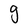
Character: g